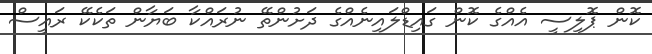
ކޮން ޕޮލިސީ އެއްގެ ކޮން ގައިޑްލައިނެއްގެ ދަށުންތޭ ނުރައްކާ ބަޔާން ތަކެކޭ ރައީސް